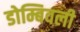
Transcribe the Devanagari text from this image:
डोम्बिवली